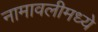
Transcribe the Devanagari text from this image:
नामावलीमध्ये